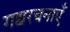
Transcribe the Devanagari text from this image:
गद्यरचनाएँ